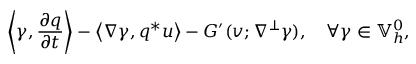
\left\langle \gamma , \frac { \partial q } { \partial t } \right\rangle - \left\langle \nabla \gamma , q ^ { * } u \right\rangle - G ^ { \prime } ( v ; \nabla ^ { \perp } \gamma ) , \quad \forall \gamma \in \mathbb { V } _ { h } ^ { 0 } ,